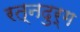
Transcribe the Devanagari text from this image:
रत्नदुर्ग